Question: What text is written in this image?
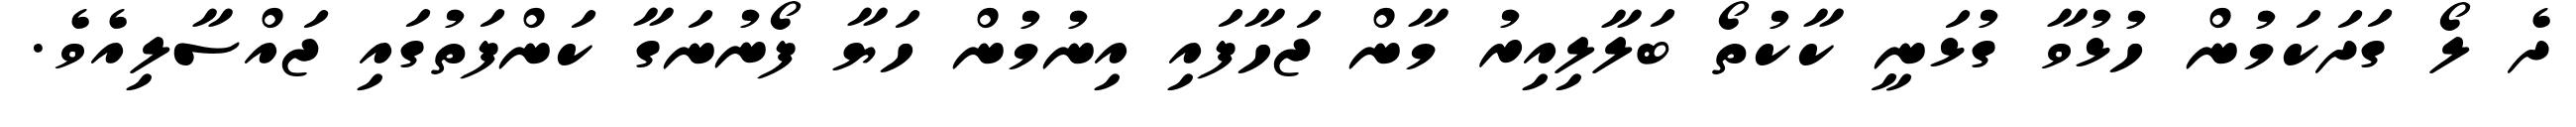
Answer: ދެ ލޯ ގަދަކަމުން ހުޅުވާ ގުޅަނީ ކާކުތޯ ބަލާލިއިރު މާން ޖަހާފައި އިނުމުން ހަޔާ ފޯނުނަގާ ކަންފަތުގައި ޖައްސާލިއެވެ.